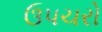
ઉપચરો